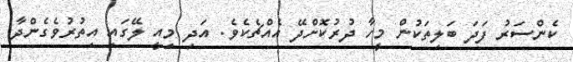
ކެންސަރު ފަދަ ބަލިތަކުން މީހާ ދުރުކޮށްދޭ އެއްޗެކެވެ. އަދި މިއީ ލޭގައި އިތުރުވެގެންދާ